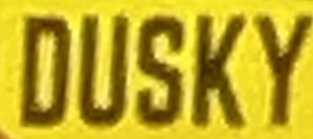
DUSKY